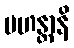
မဟန္တာနိ